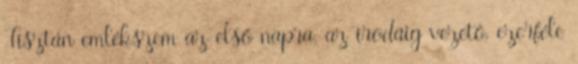
Tisztán emlékszem az első napra, az irodáig vezető, ezerféle